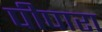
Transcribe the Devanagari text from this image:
पीपारा